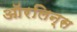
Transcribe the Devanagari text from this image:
ऑरलिन्स